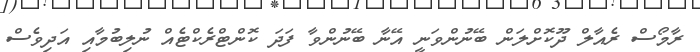
ރާމޯސް ރެއާލް ދޫކޮށްލަން ބޭނުންވަނީ އޭނާ ބޭނުންވާ ފަދަ ކޮންޓްރެކްޓެއް ނުލިބުމާއި އަދިވެސް